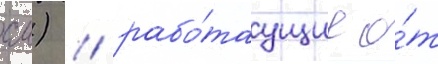
см) / рабо́таущие о́т